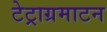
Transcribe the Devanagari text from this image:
टेट्राग्रमाटन